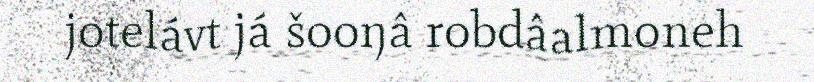
jotelávt já šooŋâ robdâalmoneh